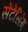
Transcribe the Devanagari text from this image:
सेंटेंसिंग